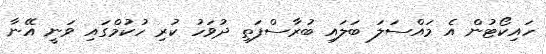
ހައިކޯޓުން އެ މައްސަލަ ބަލައި ބުރާސްފަތި ދުވަހު ކުރި ހުކުމްގައި ވަނީ އޭނާ